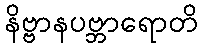
နိဗ္ဗာနပဗ္ဘာရောတိ